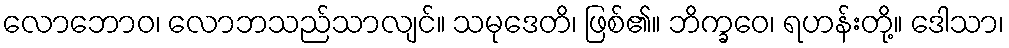
လောဘောဝ၊ လောဘသည်သာလျင်။ သမုဒေတိ၊ ဖြစ်၏။ ဘိက္ခဝေ၊ ရဟန်းတို့။ ဒေါသာ၊